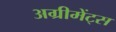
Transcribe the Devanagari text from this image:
अग्रीमेंट्स